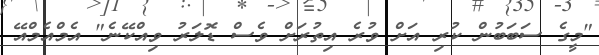
"މީގެ ސަބަބުން ކުރި އަށް ވުރެ އިތުރަށް ވެސް ޑޮލަރު ވިއްކޭނެ" އެމްއެމްއޭ